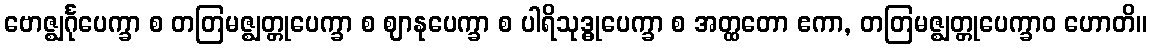
ဗောဇ္ဈင်္ဂုပေက္ခာ စ တတြမဇ္ဈတ္တုပေက္ခာ စ ဈာနုပေက္ခာ စ ပါရိသုဒ္ဓုပေက္ခာ စ အတ္ထတော ဧကာ, တတြမဇ္ဈတ္တုပေက္ခာဝ ဟောတိ။